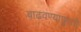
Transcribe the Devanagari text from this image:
वाढवण्यापुरती